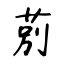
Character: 莂